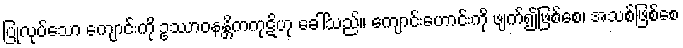
ပြုလုပ်သော ကျောင်းကို ဥဿာဝနန္တိကကုဋိဟု ခေါ်သည်။ ကျောင်းဟောင်းကို ဖျက်၍ဖြစ်စေ၊ အသစ်ဖြစ်စေ